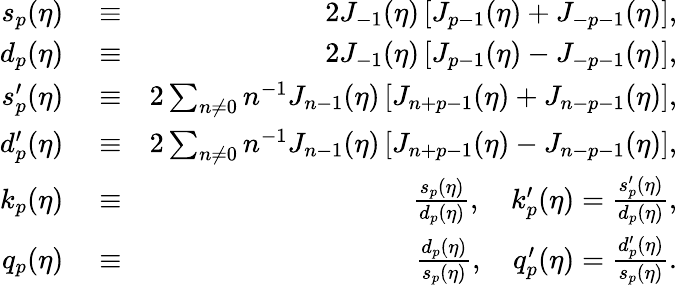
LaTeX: \begin{array}{rlr}{s_{p}(\eta)}&{{}\equiv}&{2J_{-1}(\eta)\left[J_{p-1}(\eta)+J_{-p-1}(\eta)\right],}\\ {d_{p}(\eta)}&{{}\equiv}&{2J_{-1}(\eta)\left[J_{p-1}(\eta)-J_{-p-1}(\eta)\right],}\\ {s_{p}^{\prime}(\eta)}&{{}\equiv}&{2\sum_{n\neq 0}n^{-1}J_{n-1}(\eta)\left[J_{n+p-1}(\eta)+J_{n-p-1}(\eta)\right],}\\ {d_{p}^{\prime}(\eta)}&{{}\equiv}&{2\sum_{n\neq 0}n^{-1}J_{n-1}(\eta)\left[J_{n+p-1}(\eta)-J_{n-p-1}(\eta)\right],}\\ {k_{p}(\eta)}&{{}\equiv}&{\frac{s_{p}(\eta)}{d_{p}(\eta)},\quad k_{p}^{\prime}(\eta)=\frac{s_{p}^{\prime}(\eta)}{d_{p}(\eta)},}\\ {q_{p}(\eta)}&{{}\equiv}&{\frac{d_{p}(\eta)}{s_{p}(\eta)},\quad q_{p}^{\prime}(\eta)=\frac{d_{p}^{\prime}(\eta)}{s_{p}(\eta)}.}\end{array}